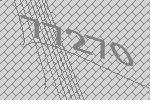
77270